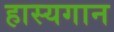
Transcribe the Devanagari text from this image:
हास्यगान